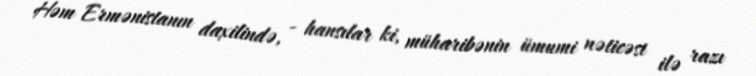
Həm Ermənistanın daxilində, - hansılar ki, müharibənin ümumi nəticəsi ilə razı